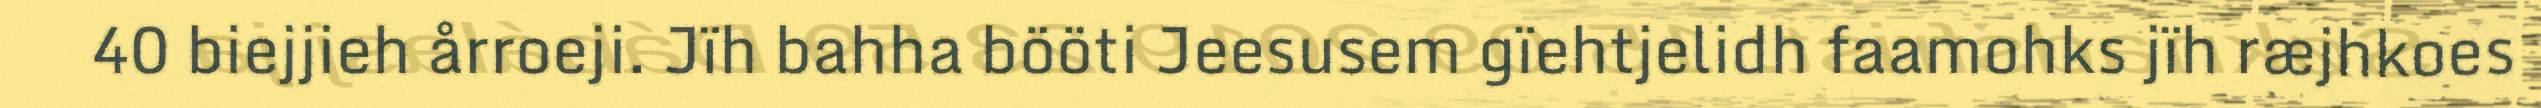
40 biejjieh årroeji. Jïh bahha bööti Jeesusem gïehtjelidh faamohks jïh ræjhkoes